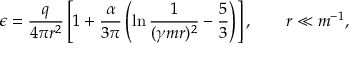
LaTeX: \epsilon = \frac { q } { 4 \pi r ^ { 2 } } \left[ 1 + \frac { \alpha } { 3 \pi } \left( \ln \frac { 1 } { ( \gamma m r ) ^ { 2 } } - \frac 5 3 \right) \right] , \qquad r \ll m ^ { - 1 } ,